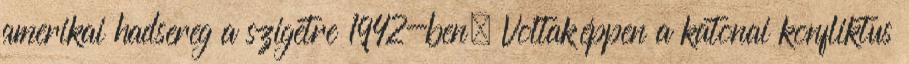
amerikai hadsereg a szigetre 1942-ben. Voltaképpen a katonai konfliktus